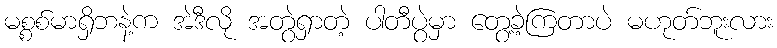
မစ္စစ်မာရှိဘနဲ့က အဲဒီလို အတွဲရှာတဲ့ ပါတီပွဲမှာ တွေ့ခဲ့ကြတာပဲ မဟုတ်ဘူးလား